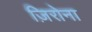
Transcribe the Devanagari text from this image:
ज़िरोना